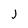
Character: j